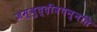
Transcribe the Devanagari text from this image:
जम्बुद्दीवपन्नति